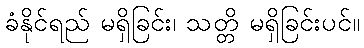
ခံနိုင်ရည် မရှိခြင်း၊ သတ္တိ မရှိခြင်းပင်။